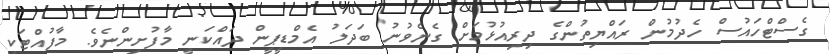
ގެސްޓްހައުސް ހެދުމުން ރައްޔިތުންގެ ދިރިއުޅުމަށް ގެނެވުނު ބަދަލު އެމްޑީޕީން ދައްކަނީ މާފުށިންނެވެ. މާފުއްޓަކީ